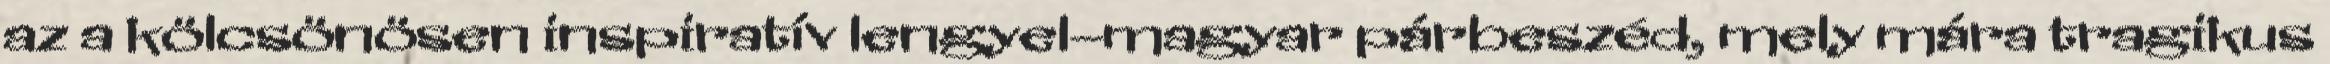
az a kölcsönösen inspiratív lengyel–magyar párbeszéd, mely mára tragikus